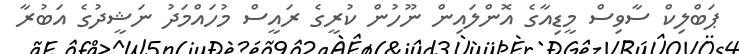
ޕަބްލިކް ސާވިސް މީޑިއާގެ އޮންލައިން ނޫހުން ކުރީގެ ރައީސް މުހައްމަދު ނަޝީދުގެ އަބުރާ